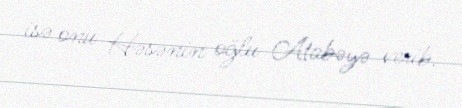
isə onu Həsənin oğlu Atabəyə verib.